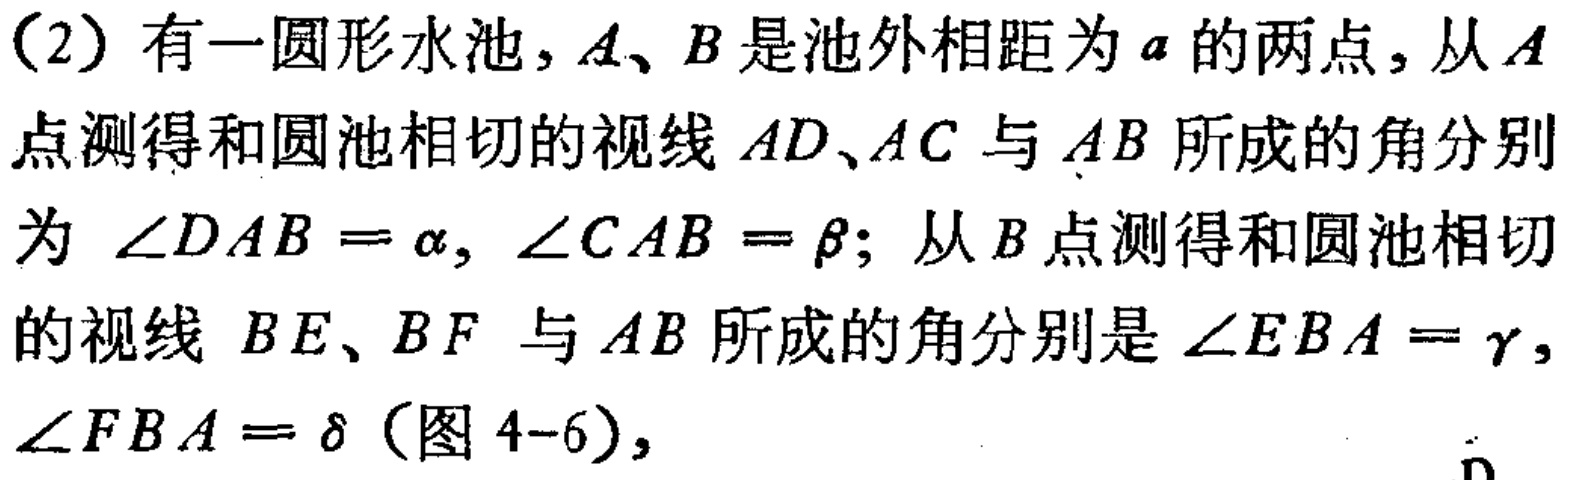
（2）有一圆形水池，\(A\)、\(B\)是池外相距为\(a\)的两点，从\(A\)点测得和圆池相切的视线 \(AD\)、\(AC\) 与 \(AB\) 所成的角分别为 \(\angle DAB = \alpha\)，\(\angle CAB = \beta\)；从 \(B\)点测得和圆池相切的视线 \(BE\)、\(BF\) 与 \(AB\) 所成的角分别是 \(\angle EBA = \gamma\)，\(\angle FBA = \delta\)（图 4-6），